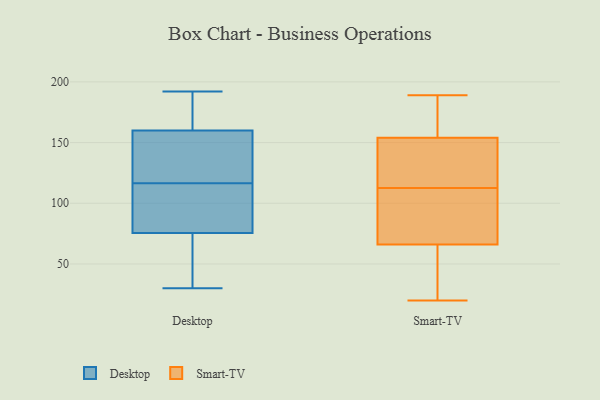
{"axis": {"x": "Demand Index", "y": "Value"}, "legend": ["Desktop", "Smart-TV"], "data": [{"x": "", "y": 147, "type": "Desktop"}, {"x": "", "y": 162, "type": "Desktop"}, {"x": "", "y": 141, "type": "Desktop"}, {"x": "", "y": 99, "type": "Desktop"}, {"x": "", "y": 105, "type": "Desktop"}, {"x": "", "y": 178, "type": "Desktop"}, {"x": "", "y": 192, "type": "Desktop"}, {"x": "", "y": 121, "type": "Desktop"}, {"x": "", "y": 180, "type": "Desktop"}, {"x": "", "y": 74, "type": "Desktop"}, {"x": "", "y": 36, "type": "Desktop"}, {"x": "", "y": 30, "type": "Desktop"}, {"x": "", "y": 75, "type": "Desktop"}, {"x": "", "y": 76, "type": "Desktop"}, {"x": "", "y": 93, "type": "Desktop"}, {"x": "", "y": 112, "type": "Desktop"}, {"x": "", "y": 63, "type": "Desktop"}, {"x": "", "y": 191, "type": "Desktop"}, {"x": "", "y": 147, "type": "Desktop"}, {"x": "", "y": 158, "type": "Desktop"}, {"x": "", "y": 66, "type": "Smart-TV"}, {"x": "", "y": 22, "type": "Smart-TV"}, {"x": "", "y": 78, "type": "Smart-TV"}, {"x": "", "y": 66, "type": "Smart-TV"}, {"x": "", "y": 154, "type": "Smart-TV"}, {"x": "", "y": 144, "type": "Smart-TV"}, {"x": "", "y": 187, "type": "Smart-TV"}, {"x": "", "y": 189, "type": "Smart-TV"}, {"x": "", "y": 118, "type": "Smart-TV"}, {"x": "", "y": 62, "type": "Smart-TV"}, {"x": "", "y": 20, "type": "Smart-TV"}, {"x": "", "y": 151, "type": "Smart-TV"}, {"x": "", "y": 182, "type": "Smart-TV"}, {"x": "", "y": 107, "type": "Smart-TV"}]}